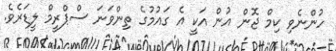
ހުންނެވި ކިމް ޖޮން އުން އަކީ އެ ގައުމުގެ ތިންވަނަ ސްޕްރީމް ލީޑަރެވެ.